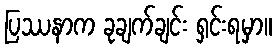
ပြဿနာက ခုချက်ချင်း ရှင်းရမှာ။